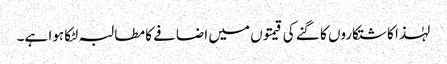
لہٰذا کاشتکاروں کا گنے کی قیمتوں میں اضافے کا مطالبہ لٹکا ہوا ہے۔